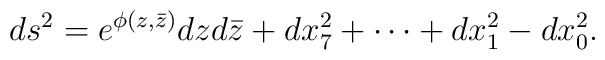
ds^2=e^{\phi(z,\bar{z})}dz d\bar{z} + dx^2_7 +\cdots +dx^2_1 -dx^2_0 .